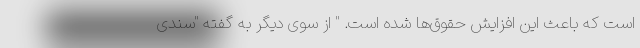
است که باعث این افزایش حقوق‌ها شده است. " از سوی دیگر به گفته "سندی